Annual vaccination report of Bihar and Orissa - 1911-1928
Year: 1911
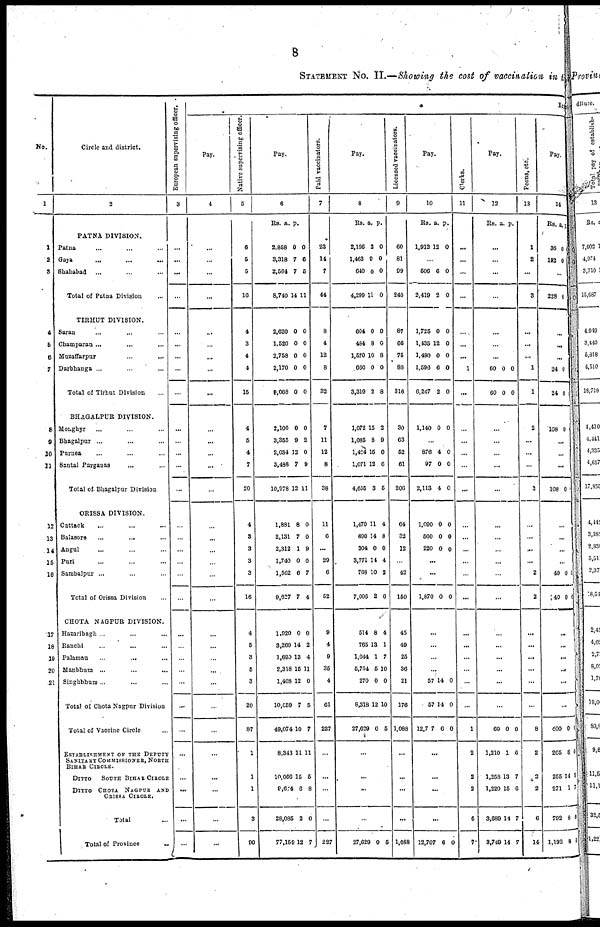
8
STATEMENT No. II.—Showing the cost of vaccination in the
No.
1
1
2
3
4
5
6
7
8
9
10
11
12
13
14
15
16
17
18
19
20
21
Circle and district.
2
PATNA DIVISION.
Patna ... ... ...
Gaya
...
...
...
Shahabad ... ... ...
Total of Patna Division ...
TIRHUT DIVISION.
Saran ... ... ...
Champaran ... ... ...
Muzaffarpur
...
... ...
Darbhanga ... ... ...
Total of Tirhut Division ...
BHAGALPUR DIVISION.
Monghyr ... ... ...
Bhagalpur ... ... ...
Purnea ... ... ...
Santal Parganas ... ...
Total of Bhagalpur Division
ORISSA DIVISION.
Cuttack ... ... ...
Balasore ... ... ...
Angul ... ... ...
Puri ... ... ...
Sambalpur ... ... ...
Total of Orissa Division ...
CHOTA NAGPUR DIVISION.
Hazaribagh ... ... ...
Ranchi ... ... ...
Palaman
...
... ...
Manbhum ... ... ...
Singhbhum ... ... ...
Total of Chota Nagpur Division
Total of Vaccine Circle ...
ESTABLISHMENT OF THE DEPUTY
SANITARY COMMISSIONER, NORTH
BIHAR CIRCLE.
DITTO SOUTH BIHAR CIRCLE
DITTO CHOTA NAGPUR AND
ORISSA CIRCLE.
Total ...
Total of Province
...
European supervising officer.
3
...
...
...
...
...
...
...
...
...
...
...
...
...
...
...
...
...
...
...
...
...
...
...
...
...
...
...
...
...
...
...
...
Ex
Pay.
4
...
...
...
...
...
...
...
...
...
...
...
...
...
...
...
...
...
...
...
...
...
...
...
...
...
...
...
...
...
...
...
...
Native supervising officer.
5
8
5
5
16
4
3
4
4
15
4
5
4
7
20
4
3
3
3
3
16
4
5
3
5
3
20
87
1
1
1
3
90
Pay.
6
Rs.
2,858
3,318
2,564
8,740
a.
0
7
7
14
p.
0
6
5
11
2,620
1,520
2,758
2,170
9,068
0
0
0
0
0
0
0
0
0
0
2,100
3,355
2,034
3,488
10,978
0
9
12
7
12
0
2
0
9
11
1,881
2,131
2,312
1,740
1,562
9,627
8
7
1
0
6
7
0
0
9
0
7
4
1,920
3,260
1,690
2,318
1,468
10,659
49,074
8,343
10,066
8,674
28,085
77,159
0
14
13
15
12
7
10
11
15
6
2
12
0
2
4
11
0
5
7
11
5
8
0
7
Paid vaccinators.
7
23
14
7
44
8
4
12
8
32
7
11
12
8
38
11
6
...
29
6
52
9
4
9
35
4
61
227
...
...
...
...
227
Pay.
8
Rs.
2,196
1,463
640
4,299
a.
2
9
0
12
p.
0
0
0
0
604
484
1,570
660
3,319
0
8
10
0
2
0
0
8
0
8
1,072
1,085
1,424
1,071
4,655
15
8
15
12
3
2
9
0
6
5
1,470
690
304
3,771
768
7,006
11
14
0
14
10
2
4
8
0
4
2
6
514
765
1,044
5,754
270
8,318
27,629
8
13
1
5
0
12
0
4
1
7
10
0
10
5
...
...
...
...
27,629 0 5
Licensed vaccinators.
9
60
81
99
240
87
66
75
88
316
30
63
52
61
206
64
32
12
...
42
150
45
49
25
36
21
176
1,088
...
...
...
...
1,088
Pay.
10
Rs.
1,912
a.
12
p.
0
...
506
2,419
6
2
0
0
1,725
1,435
1,490
1,596
6,247
0
12
0
6
2
0
0
0
0
0
1,140 0 0
...
876
97
2,113
4
0
4
0
0
0
1,090
560
220
0
0
0
0
0
0
...
...
1,870 0 0
...
...
...
...
57
57
12,7 7
14
14
6
0
0
0
...
...
...
...
12,707 6 0
Clerks.
11
...
...
...
...
...
...
...
1
...
...
...
...
...
...
...
...
...
...
...
...
...
...
...
...
...
...
1
2
2
2
6
7
Pay.
12
Rs. a. p.
...
...
...
...
...
...
...
60
60
0
0
0
0
...
...
...
...
...
...
...
...
...
...
...
...
...
...
...
...
...
60
1,210
1,258
1,220
3,689
3,749
0
1
13
15
14
14
0
6
7
6
7
7
Peons, etc.
13
1
2
...
3
...
...
...
1
1
2
...
...
...
2
...
...
...
...
2
2
...
...
...
...
...
...
8
2
2
2
6
14
Pay.
14
Rs.
36
192
a.
0
0
p.
...
228 0
...
...
...
24
24
0
0
108 0
...
...
...
108 0
...
...
...
...
40
40
0
0
6
0
...
...
...
...
...
...
400
265
255
271
792
1,192
0
8
14
1
8
8
1
0
5
7
0
0